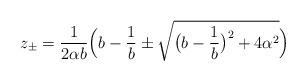
LaTeX: \begin{align*} z_\pm = \frac1{2\alpha b} \Big( b-\frac1b \pm \sqrt{ \big(b-\frac1b\big)^2 + 4\alpha^2} \Big)\end{align*}